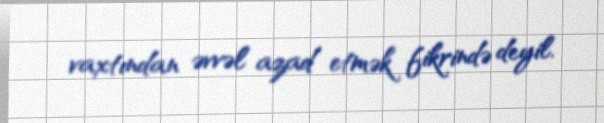
vaxtından əvvəl azad etmək fikrində deyil.